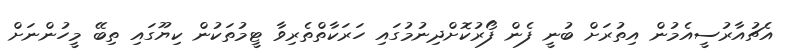
އެޗުއާރުސީއެމުން އިތުރަށް ބުނީ ފެން ފޯރުކޮށްދިނުމުގައި ހަރަކާތްތެރިވާ ޓީމުތަކުން ކިޔޫގައި ތިބޭ މީހުންނަށް